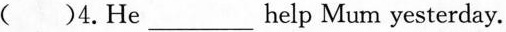
( )4.He___help Mum yesterday.